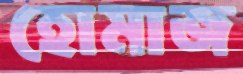
হোমাজ